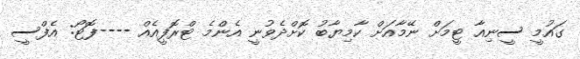
ގައުމީ ސީނިއާ ޓީމަށް ނޭމާއަށް ކާމިޔާބު ކޮށްދެވުނީ އެންމެ ޓްރޮފީއެއް ----ފޮޓޯ: އެފްސީ